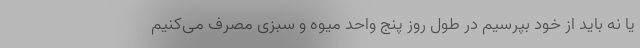
یا نه باید از خود بپرسیم در طول روز پنج واحد میوه و سبزی مصرف می‌کنیم